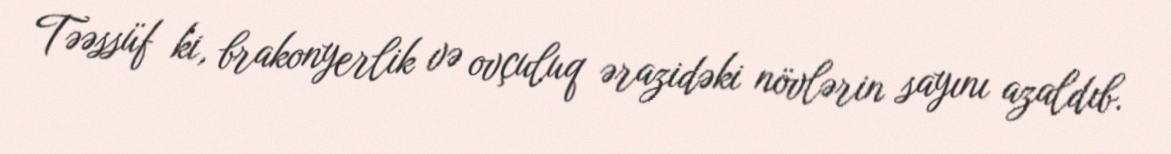
Təəssüf ki, brakonyerlik və ovçuluq ərazidəki növlərin sayını azaldıb.